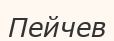
Пейчев